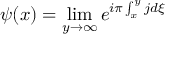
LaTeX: \psi ( x ) = \operatorname * { l i m } _ { y \rightarrow \infty } e ^ { i \pi \int _ { x } ^ { y } j d \xi }